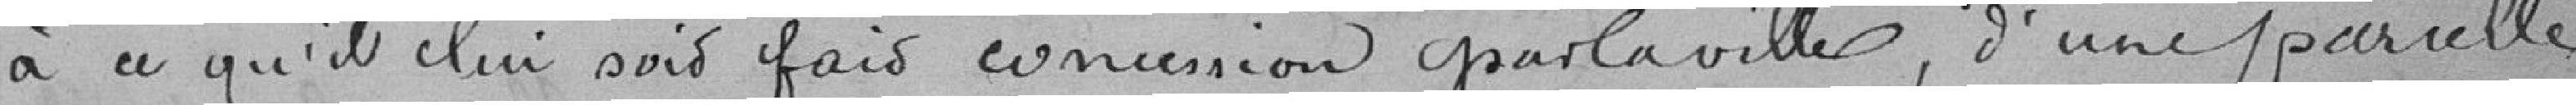
à ce qu'il lui soit fait concession par la ville, d'une parcelle